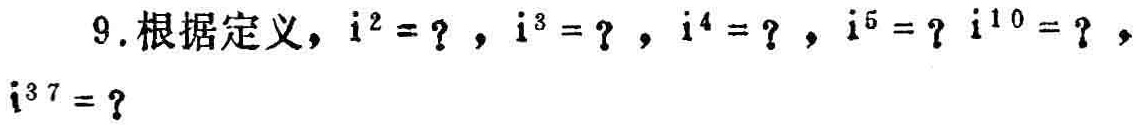
9.根据定义，$i^{2}=?$，$i^{3}=?$，$i^{4}=?$，$i^{5}=?\ i^{10}=?$，$i^{37}=?$